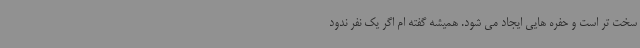
سخت تر است و حفره هایی ایجاد می شود. همیشه گفته ام اگر یک نفر ندود